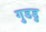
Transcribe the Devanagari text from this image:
गुडडु